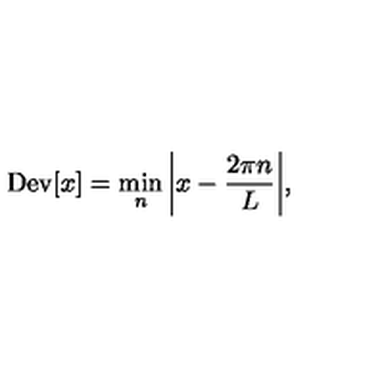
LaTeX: \mathrm { D e v } [ x ] = \min _ { n } \bigg | x - \frac { 2 \pi n } { L } \bigg | ,